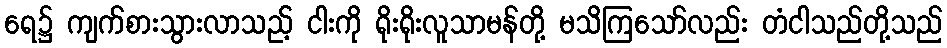
ရေ၌ ကျက်စားသွားလာသည့် ငါးကို ရိုးရိုးလူသာမန်တို့ မသိကြသော်လည်း တံငါသည်တို့သည်